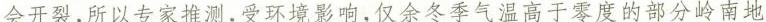
会开裂，所以专家推测，受环境影响，仅余冬季气温高于零度的部分岭南地